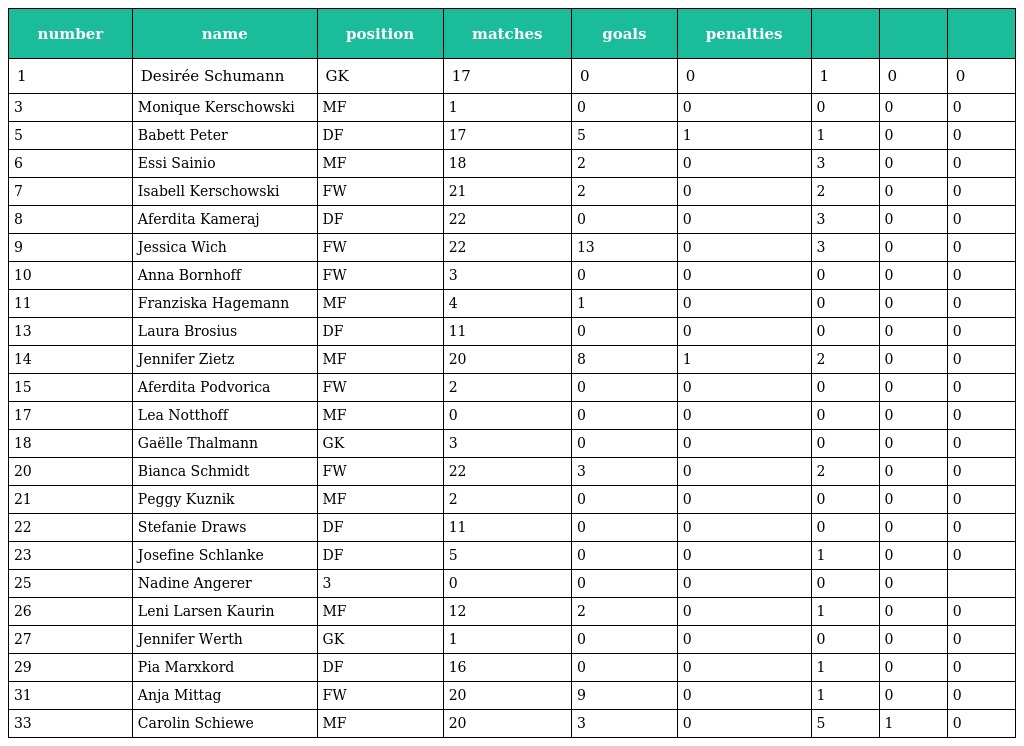
| number | name | position | matches | goals | penalties |  |  |  |
 | --- | --- | --- | --- | --- | --- | --- | --- | --- |
 | 1 | Desirée Schumann | GK | 17 | 0 | 0 | 1 | 0 | 0 |
 | 3 | Monique Kerschowski | MF | 1 | 0 | 0 | 0 | 0 | 0 |
 | 5 | Babett Peter | DF | 17 | 5 | 1 | 1 | 0 | 0 |
 | 6 | Essi Sainio | MF | 18 | 2 | 0 | 3 | 0 | 0 |
 | 7 | Isabell Kerschowski | FW | 21 | 2 | 0 | 2 | 0 | 0 |
 | 8 | Aferdita Kameraj | DF | 22 | 0 | 0 | 3 | 0 | 0 |
 | 9 | Jessica Wich | FW | 22 | 13 | 0 | 3 | 0 | 0 |
 | 10 | Anna Bornhoff | FW | 3 | 0 | 0 | 0 | 0 | 0 |
 | 11 | Franziska Hagemann | MF | 4 | 1 | 0 | 0 | 0 | 0 |
 | 13 | Laura Brosius | DF | 11 | 0 | 0 | 0 | 0 | 0 |
 | 14 | Jennifer Zietz | MF | 20 | 8 | 1 | 2 | 0 | 0 |
 | 15 | Aferdita Podvorica | FW | 2 | 0 | 0 | 0 | 0 | 0 |
 | 17 | Lea Notthoff | MF | 0 | 0 | 0 | 0 | 0 | 0 |
 | 18 | Gaëlle Thalmann | GK | 3 | 0 | 0 | 0 | 0 | 0 |
 | 20 | Bianca Schmidt | FW | 22 | 3 | 0 | 2 | 0 | 0 |
 | 21 | Peggy Kuznik | MF | 2 | 0 | 0 | 0 | 0 | 0 |
 | 22 | Stefanie Draws | DF | 11 | 0 | 0 | 0 | 0 | 0 |
 | 23 | Josefine Schlanke | DF | 5 | 0 | 0 | 1 | 0 | 0 |
 | 25 | Nadine Angerer | 3 | 0 | 0 | 0 | 0 | 0 |  |
 | 26 | Leni Larsen Kaurin | MF | 12 | 2 | 0 | 1 | 0 | 0 |
 | 27 | Jennifer Werth | GK | 1 | 0 | 0 | 0 | 0 | 0 |
 | 29 | Pia Marxkord | DF | 16 | 0 | 0 | 1 | 0 | 0 |
 | 31 | Anja Mittag | FW | 20 | 9 | 0 | 1 | 0 | 0 |
 | 33 | Carolin Schiewe | MF | 20 | 3 | 0 | 5 | 1 | 0 |